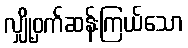
လျှို့ဝှက်ဆန်းကြယ်သော